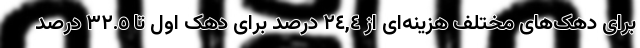
برای دهک‌های مختلف هزینه‌ای از ٢٤,٤ درصد برای دهک اول تا ٣٢.٥ درصد